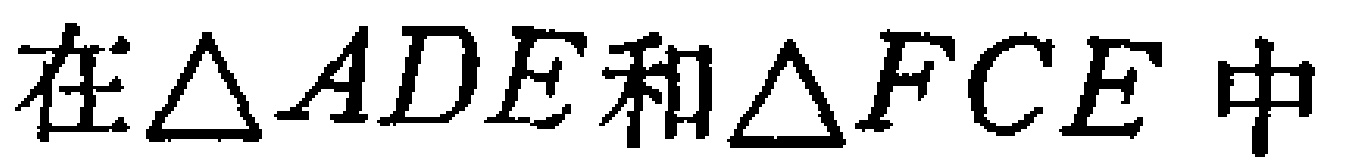
在\(\triangle ADE\)和\(\triangle FCE\)中